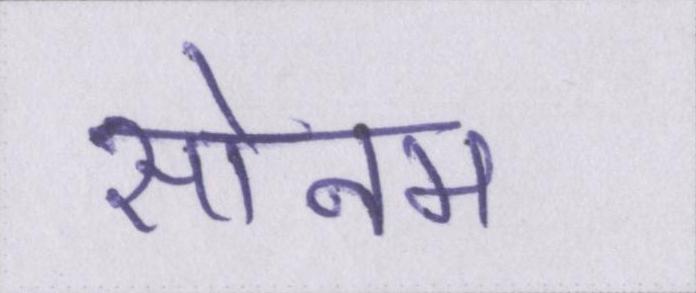
सोनम